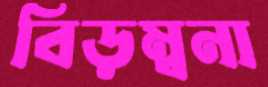
বিড়ম্বনা